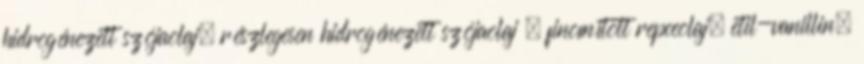
hidrogénezett szójaolaj, részlegesen hidrogénezett szójaolaj , finomított repceolaj, etil-vanillin,